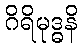
ဂိရိမုဒ္ဓနိ